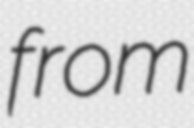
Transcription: from